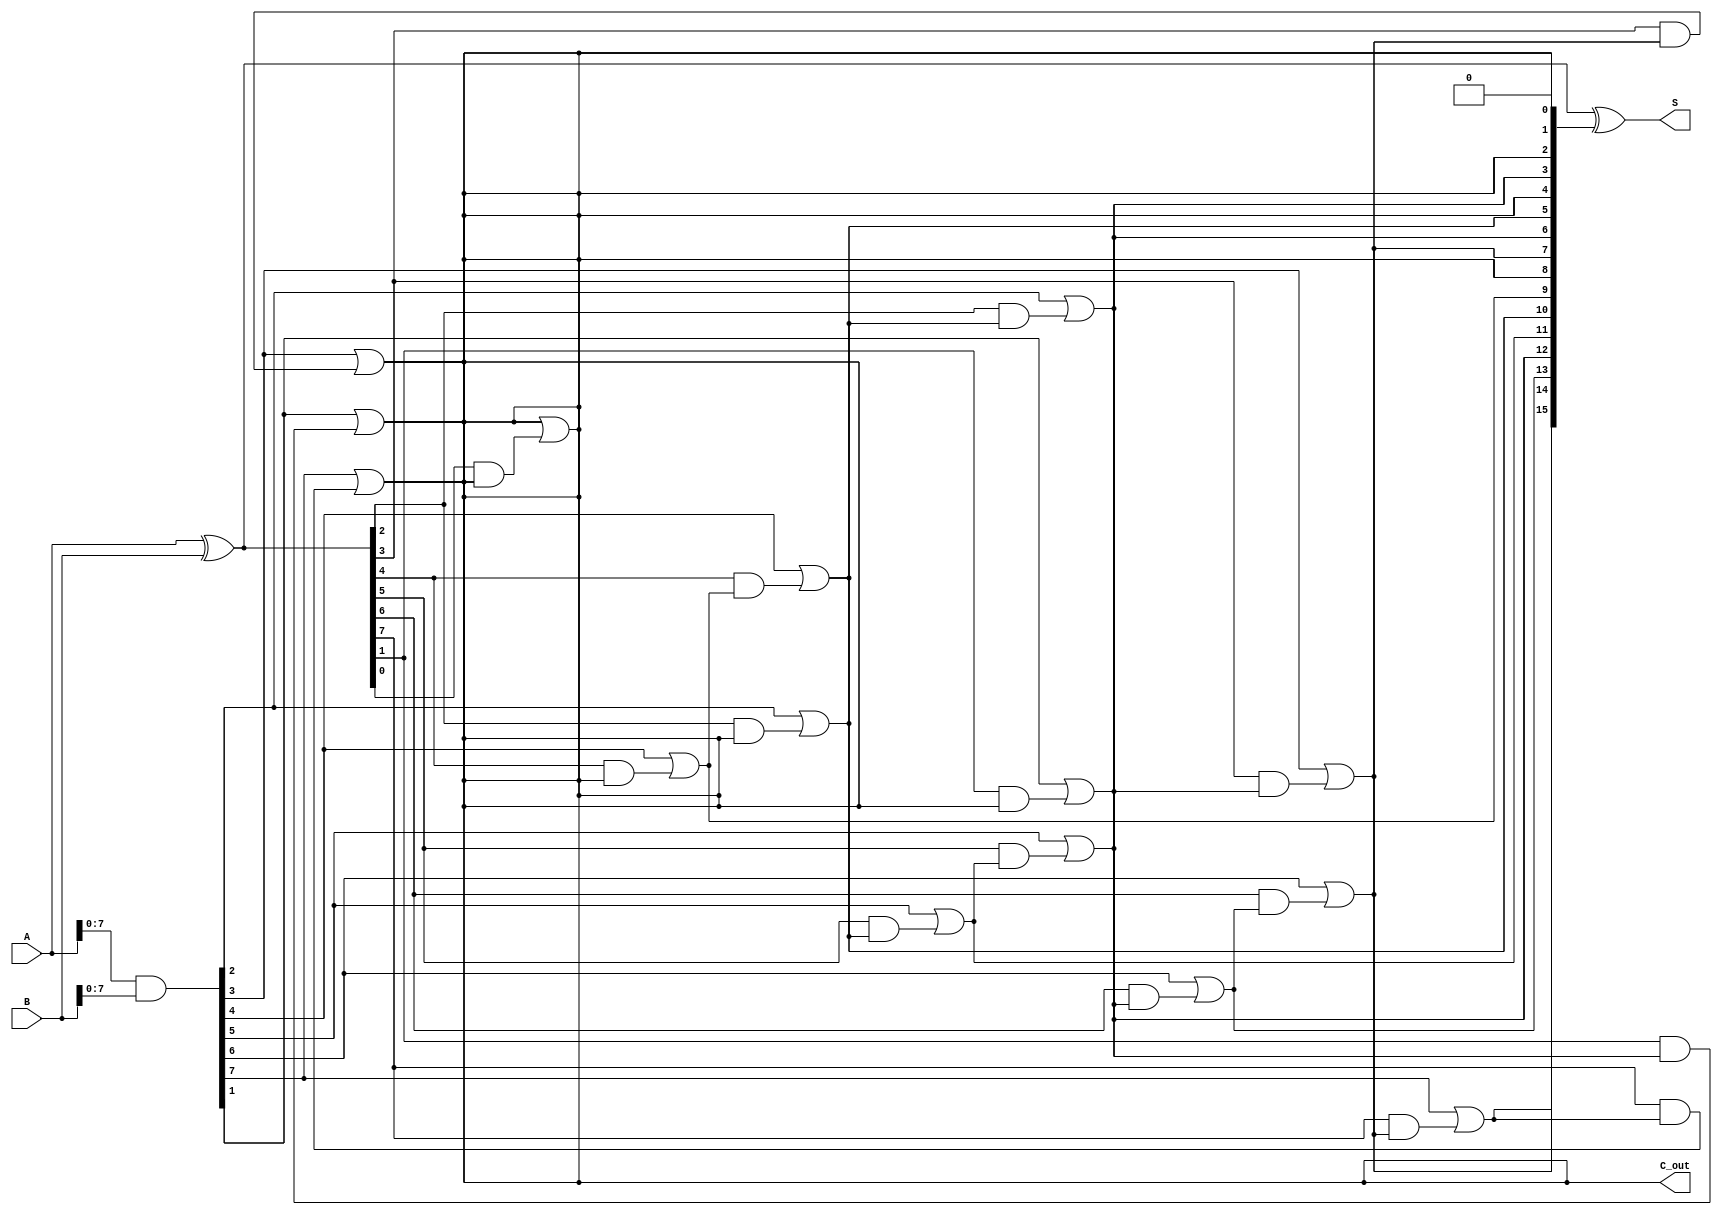
module brent_kung_adder #(parameter N = 16) (
    input [N-1:0] A,        // First operand
    input [N-1:0] B,        // Second operand
    output [N-1:0] S,       // Sum
    output C_out            // Carry-out
);

    // Generate and propagate signals
    wire [N-1:0] G;         // Generate
    wire [N-1:0] P;         // Propagate
    wire [N:0] C;           // Carry (extra bit for C_out)

    assign G = A & B;       // G[i] = A[i] & B[i]
    assign P = A ^ B;       // P[i] = A[i] ^ B[i]

    // Initial carry input
    assign C[0] = 0;        // C[0] is the carry-in (0 for addition)

    // Prefix network (Brent-Kung)
    genvar i, j;

    // Stage 1
    generate
        for (i = 0; i < N/2; i = i + 1) begin : stage1
            assign C[2*i + 1] = G[i] | (P[i] & C[2*i]);
            assign C[2*i + 2] = G[i] | (P[i] & C[2*i + 1]);
        end
    endgenerate

    // Stage 2 and further stages
    // This is done in a loop as long as N > 2
    for (j = 2; j < N; j = j * 2) begin
        generate
            for (i = 0; i < N/j; i = i + 1) begin : stage
                assign C[j * (2*i + 1)] = G[i] | (P[i] & C[j * i]);
                assign C[j * (2*i + 2)] = G[i] | (P[i] & C[j * (2*i + 1)]);
            end
        endgenerate
    end

    // Final carry-out
    assign C_out = C[N];

    // Sum calculation
    assign S = P ^ C[N-1:0]; // S[i] = P[i] ^ C[i]

endmodule